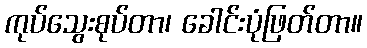
ကုပ်သွေးစုပ်တာ၊ ခေါင်းပုံဖြတ်တာ။